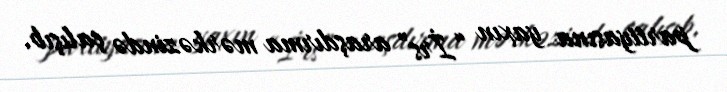
partiyasına yaxın “İrs” araşdırma mərkəzində çalışıb.